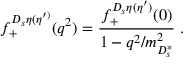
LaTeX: f _ { + } ^ { D _ { s } \eta ( \eta ^ { \prime ) } } ( q ^ { 2 } ) = { \frac { f _ { + } ^ { D _ { s } \eta ( \eta ^ { \prime } ) } ( 0 ) } { 1 - q ^ { 2 } / m _ { D _ { s } ^ { * } } ^ { 2 } } } \; .